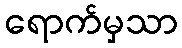
ရောက်မှသာ